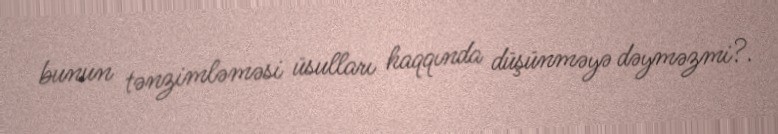
bunun tənzimləməsi üsulları haqqında düşünməyə dəyməzmi?.